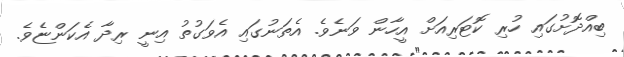
ބިއްދޮށުގައި ހުރި ކޮޓަރިއަށް އީހާން ވަނެވެ. އެތަނުގައި އެވަގުތު އިނީ ރިދާ އެކަންޏެވެ.